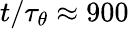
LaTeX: t/\tau_{\theta}\approx 900